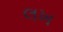
લખ